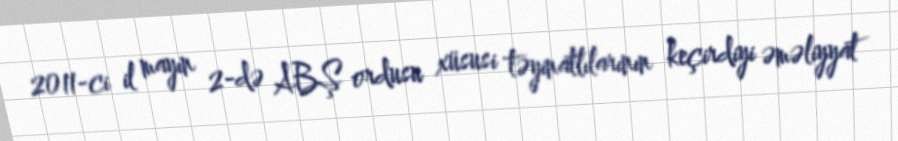
2011-ci il mayın 2-də ABŞ ordusu xüsusi təyinatlılarının keçirdiyi əməliyyat